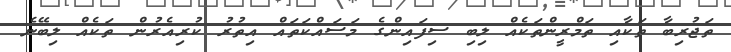
ތަޖުރިބާ ތަކާއި ތަމްރީންތަކެއް ލިބި ސިފައިންގެ މަސައްކަތައް އިތުރު ކުރިއެރުން ތަކެއް ލިބޭނެ